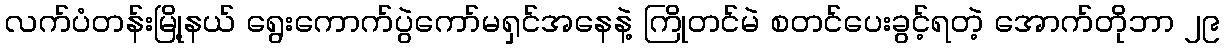
လက်ပံတန်းမြို့နယ် ရွေးကောက်ပွဲကော်မရှင်အနေနဲ့ ကြိုတင်မဲ စတင်ပေးခွင့်ရတဲ့ အောက်တိုဘာ ၂၉